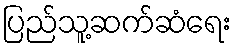
ပြည်သူ့ဆက်ဆံရေး